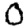
Digit: 0